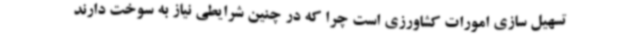
تسهیل سازی امورات کشاورزی است چرا که در چنین شرایطی نیاز به سوخت دارند